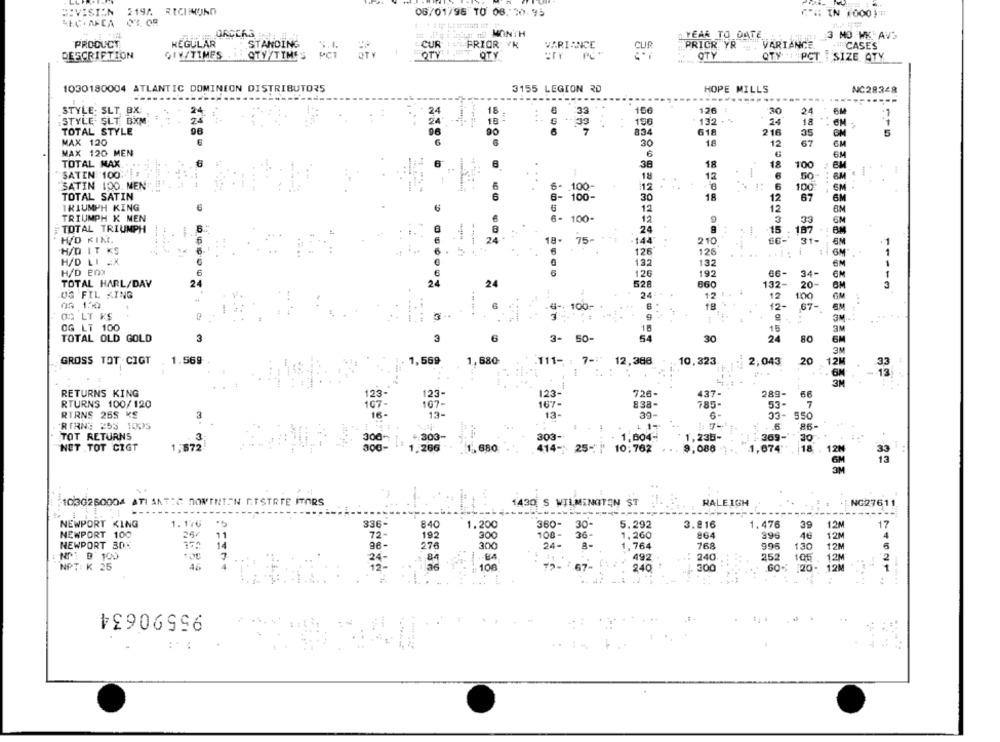
DIVISION
219A. RICHMOND
06/01/96 TO 08. 20.45
REC . AFCA
ORDERS
MIT THE MONTH
YEAR TO DATE
3 MO WK AV'S
PRODUCT
HEGULAR
STANDING
:: PRIOR VK
VARIANCE
VARIANCE
CASES
CUR
PRICR YR -.
DESCRIPTION
GIW/TIMES
OTY/TIMES
OTY
OTY
OTY
OTY
QTY 1 PCT : SIZE ATY
1030180004 ATLANTIC DOMINION DISTRIBUTORS
3155 LEGION RD
HOPE MILLS
NC28348
------
STYLE- SLT. BX
24
24
18
3
126 :
30
24
6M
...
STYLE SLT BIM
18
196
132 . "
24
18
TOTAL STYLE
96
90
834
618
216
115
MAX 120
30
18
35
12
67
MAX 120 MEN
6
6M
TOTAL MAX.
38
18
18
100
SATIN 100
..
18
12
-
50
SATIN 100. MEN
6- . 100-
12
6
EM
100
TOTAL SATIN
6
6- 100-
30
18
12
67
6M
TRIUMPH KING
6
6
6
12
12
6M
TRIUMPH K MEN
6- 100-
12
9
33
TOTAL TRIUMPH
6
24
.15
187
H/D KIM.
2
18.
75 -
.144"
210
31-
HAD IT KS
----
126
126
6M
H/D LI AX
132
132
H/D BOX
126
192
34
TOTAL HARL/DAV
24
528
24
660
132-
20
6M
OG FIL KING
24:
12
12
100
03 150
-@ -: 100-
18
12-
67 -
OG LT KS
---
3M.
OG LT 100
15
15
3M
TOTAL OLD GOLD
3
3
6
3- 50-
30
24
80
3M
GROSS TOT CIGT
1.569
+ 1,569
1,680
111- : 7-5
12,388
10.323
2,043
20
12M
---
3M
RETURNS KING
123
123-
726-
437-
289-
66
RTURNS 100/120
167 -
107-
167-
838-
785-
53-
7
RTRNS 25S KS
13-
13-
39-
33-
550
RINNE 253 1005
1 1-
. 6
86-
TOT RETURNS
$ 303-
303-
1,004-
1,235-
30
300
369-'
NET .TOT CIGT
1,872
1.266
1, 650
414- 25- ]
10;762
9:088
674
18
1030260004 ATI ANTIC DOMINION ETSTRIE ITORS
1430. S WILMINGTON ST
RALEIGH
NG27611
NEWPORT KING
1.176
.5
336-
840
1.200
360-
30-
5.292
3.816
1.476
39
12M
17
NEWPORT 100
300
108-
36-
1,260
864
996
46
11
72-
192
12M
NEWPORT 30K
14
96
276
24-
1,764
768
995
130
12M
NO: D 100
7
492
252
240
12M
NPT: K 25
106
240
GO
120-
12M
--
95590634